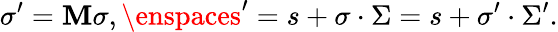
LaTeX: \sigma^{\prime}=\mathbf{M}\sigma,\enspaces^{\prime}=s+\sigma\cdot\Sigma=s+\sigma^{\prime}\cdot\Sigma^{\prime}.